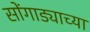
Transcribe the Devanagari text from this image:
सोंगाड्याच्या